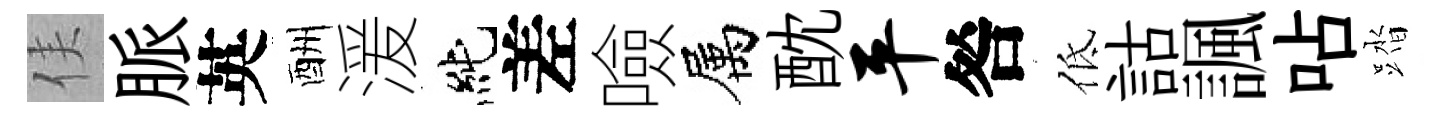
侯脈英酬湲純差噞属酖平咎低詁諷呫踏